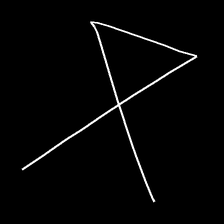
Glyph: collection